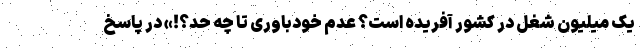
یک میلیون شغل در کشور آفریده است؟ عدم خودباوری تا چه حد؟!» در پاسخ